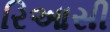
રિઆસી